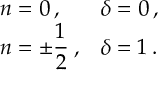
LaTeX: \begin{array} { l l } { { n = 0 \: , } } & { { \delta = 0 \: , } } \\ { { n = \pm \displaystyle \frac { 1 } { 2 } \: , } } & { { \delta = 1 \: . } } \end{array}